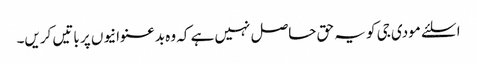
ا سلئے مودی جی کو یہ حق حاصل نہیں ہے کہ وہ بدعنوانیوں پر باتیں کریں۔